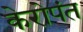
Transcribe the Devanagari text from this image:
केरोपंत